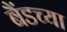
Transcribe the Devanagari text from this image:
बैंडच्या